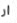
ار